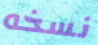
نسخه